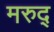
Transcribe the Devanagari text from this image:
मरुद्